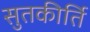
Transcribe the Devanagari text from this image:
सुतकीर्ति